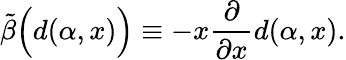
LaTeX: \tilde{\beta}\Big(d(\alpha,x)\Big)\equiv-x\frac{\partial}{\partial x}d(\alpha,x).